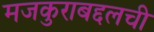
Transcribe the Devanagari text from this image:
मजकुराबद्दलची